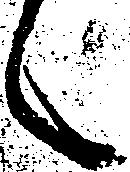
く